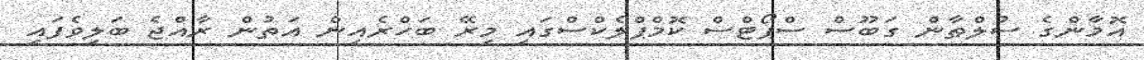
އޮމާންގެ ސުލްޠާން ގަބޫސް ސްޕޯޓްސް ކޮމްޕްލެކްސްގައި މިރޭ ބަހްރެއިން އަތުން ރާއްޖެ ބަލިވެފައި